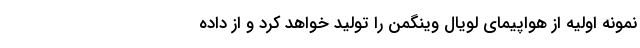
نمونه اولیه از هواپیمای لویال وینگمن را تولید خواهد کرد و از داده